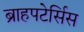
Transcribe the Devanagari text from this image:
ब्राहपटेर्सिस